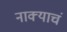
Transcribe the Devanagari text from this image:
नाक्याचं